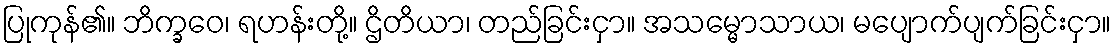
ပြုကုန်၏။ ဘိက္ခဝေ၊ ရဟန်းတို့။ ဌိတိယာ၊ တည်ခြင်းငှာ။ အသမ္မောသာယ၊ မပျောက်ပျက်ခြင်းငှာ။